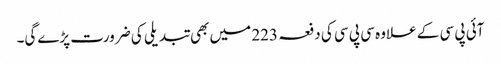
آئی پی سی کے علاوہ سی پی سی کی دفعہ 223 میں بھی تبدیلی کی ضرورت پڑے‌گی۔